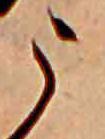
う